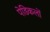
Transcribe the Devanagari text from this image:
पेडिकलों